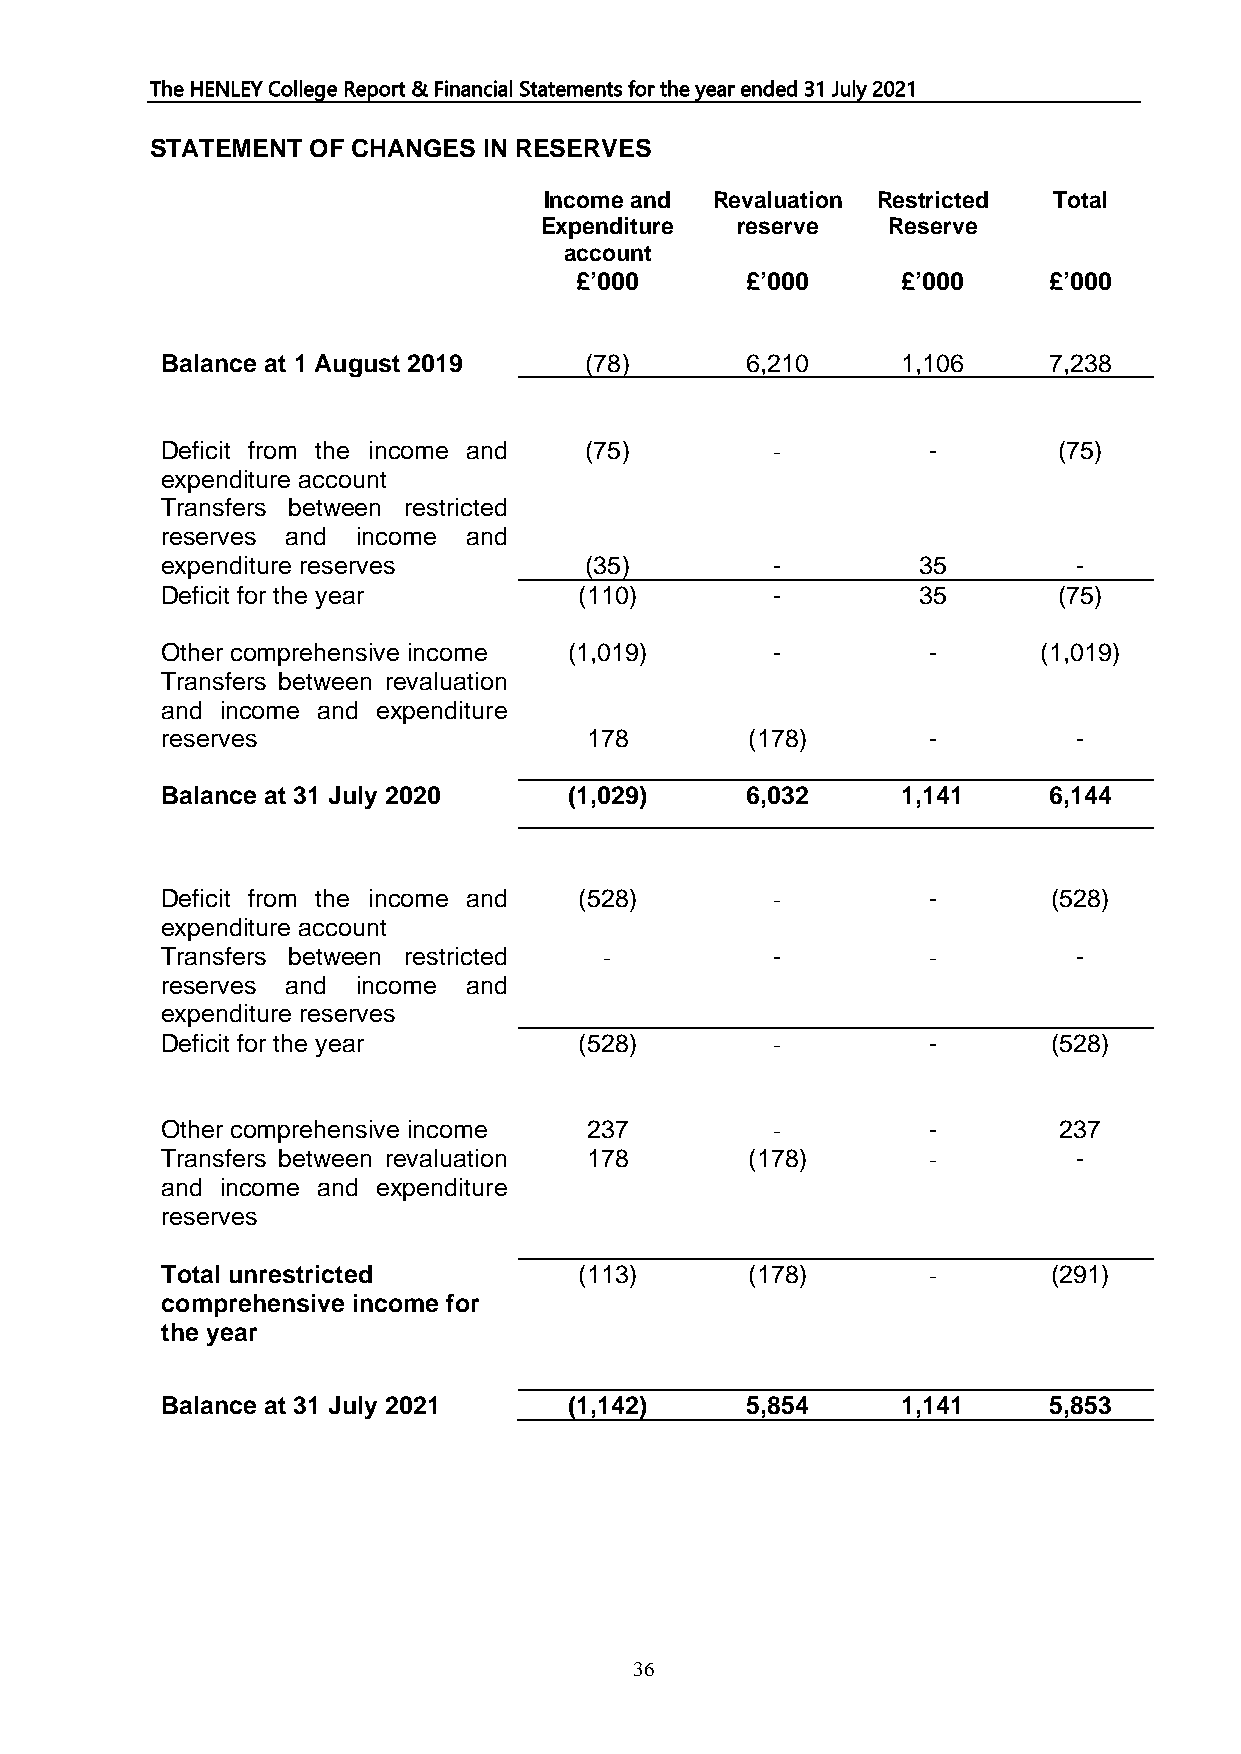
The HENLEY College Report & Financial Statements for the year ended 31 July 2021
 STATEMENT  OF CHANGES IN RESERVES
 Income and Revaluation Restricted Total
 Expenditure  reserve   Reserve
 account
 £’0 00     £’0 00     £’0 00   £’0 00
 B alance at 1 August 2019   (78)      6,210      1,106    7,238
 Deficit from the income and (75)        -         -        (75)
 expenditure account
 Transfers between restricted
 reserves and income and
 expenditure reserves        (35)        -         35        -
 Deficit for the year       (110)        -         35       (75)
 Other comprehensive income (1,019)      -         -       (1,019)
 Transfers between revaluation
 and income and expenditure
 r eserves                   17 8       (17 8)     -         -
 Balance at 31 July 2020    (1,029)    6,032      1,141    6,144
 Deficit from the income and (528)       -         -        (528)
 expenditure account
 Transfers between restricted -          -         -         -
 reserves and income and
 expenditure reserves
 Deficit for the year       (528)        -         -        (528)
 Other comprehensive income  237         -         -        237
 Transfers between revaluation 178      (178)      -         -
 and income and expenditure
 reserves
 Total unrestricted         (113)       (178)      -        (291)
 comprehensive income for
 t he year
 Balance at 31 July 2021    (1,142)    5,854      1,141    5,853
 36